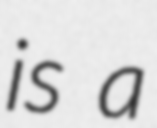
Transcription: is a